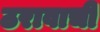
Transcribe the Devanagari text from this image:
ठरावाची